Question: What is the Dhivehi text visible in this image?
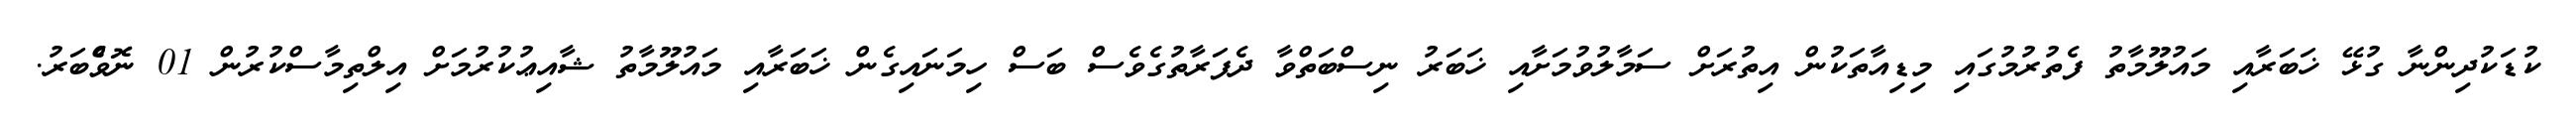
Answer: ކުޑަކުދިންނާ ގުޅޭ ޚަބަރާއި މައުލޫމާތު ފެތުރުމުގައި މިޑިއާތަކުން އިތުރަށް ސަމާލުވުމަށާއި ޚަބަރު ނިސްބަތްވާ ދެފަރާތުގެވެސް ބަސް ހިމަނައިގެން ޚަބަރާއި މައުލޫމާތު ޝާއިޢުކުރުމަށް އިލްތިމާސްކުރުން 01 ނޮވެްބަރު.